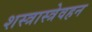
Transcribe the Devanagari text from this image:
शस्त्रास्त्रेवहन